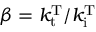
\beta = k _ { \mathrm { t } } ^ { \mathrm { T } } / k _ { \mathrm { i } } ^ { \mathrm { T } }